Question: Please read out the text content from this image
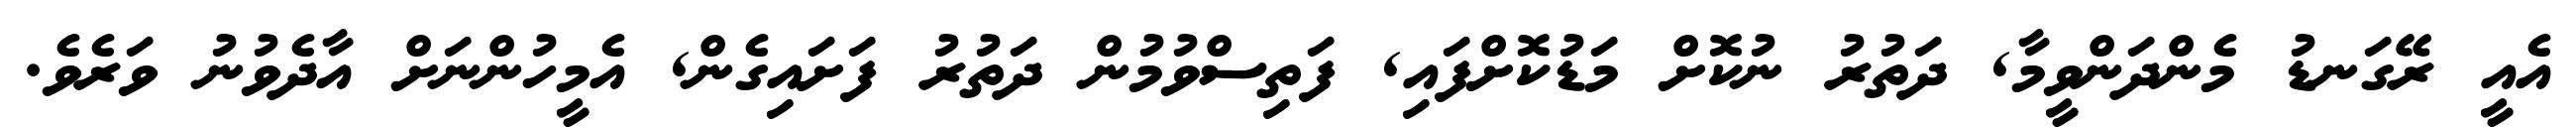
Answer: އެއީ ރޭގަނޑު މެންދަންވީމާ, ދަތުރު ނުކޮށް މަޑުކޮށްފައި, ފަތިސްވުމުން ދަތުރު ފަށައިގެން, އެމީހުންނަށް އާދެވުނު ވަރެވެ.